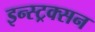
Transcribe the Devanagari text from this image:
इन्स्ट्रक्सन